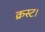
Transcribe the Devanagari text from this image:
क्रस्ट।